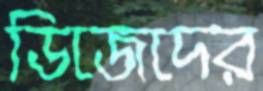
ডিজেদের